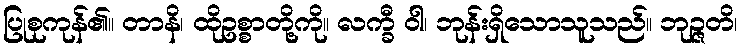
ပြုစုကုန်၏။ တာနိ၊ ထိုဥစ္စာတို့ကို။ လက္ခီ ဝါ၊ ဘုန်းရှိသောသူသည်။ ဘုဉ္ဇတိ၊